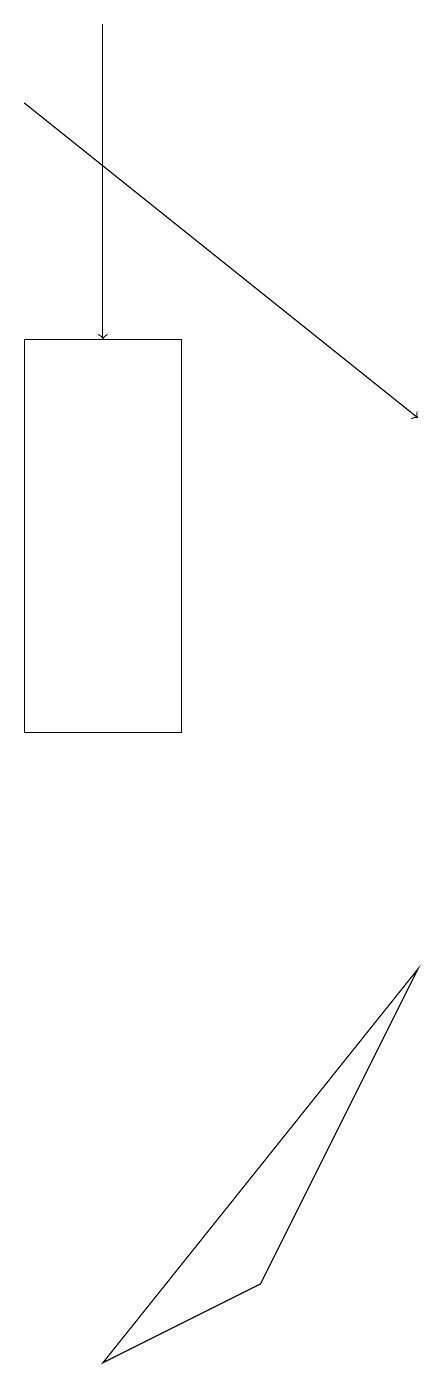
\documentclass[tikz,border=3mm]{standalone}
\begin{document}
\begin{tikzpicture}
\draw (3,3) -- (1,2) -- (5,7) -- cycle;
\draw (2,15) rectangle (0,10);
\draw[->] (1,19) -- (1,15);
\draw[->] (0,18) -- (5,14);
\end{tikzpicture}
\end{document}